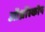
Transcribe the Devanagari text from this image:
ऑर्थ्रोस्कोप